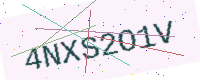
Text: 4NXS2O1V